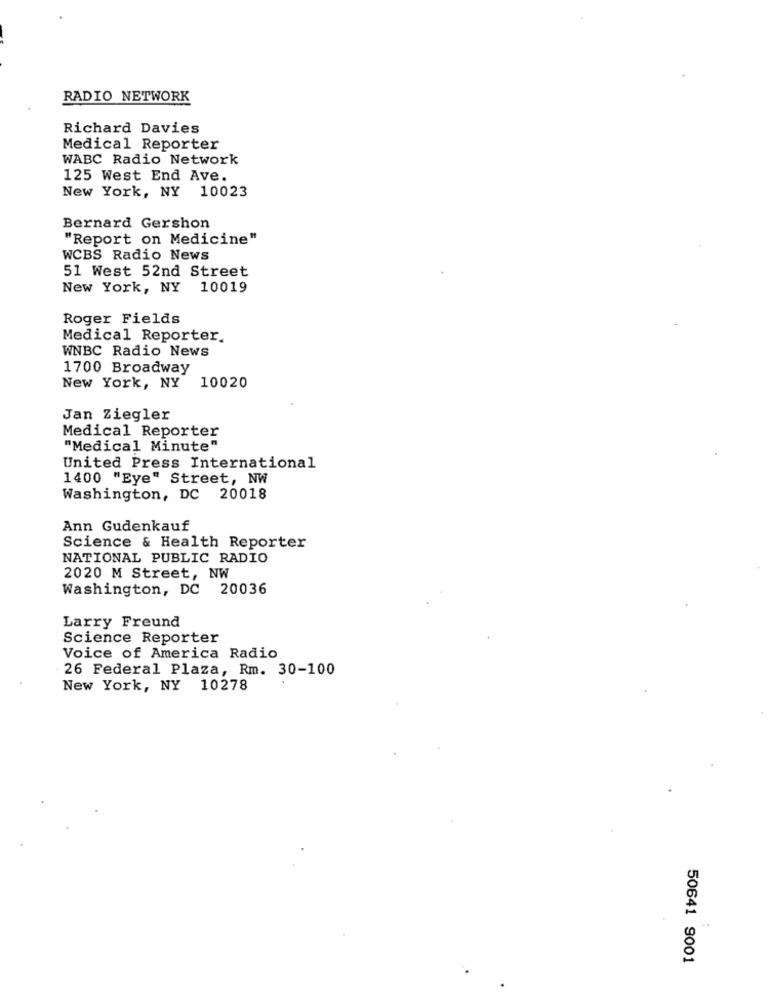
RADIO NETWORK
Richard Davies
Medical Reporter
WABC Radio Network
125 West End Ave.
New York, NY 10023
Bernard Gershon
"Report on Medicine"
WCBS Radio News
51 West 52nd Street
New York, NY 10019
Roger Fields
Medical Reporter.
WNBC Radio News
1700 Broadway
New York, NY
10020
Jan Ziegler
Medical Reporter
"Medical Minute"
United Press International
1400 "Eye" Street, NW
Washington, DC 20018
Ann Gudenkauf
Science & Health Reporter
NATIONAL PUBLIC RADIO
2020 M Street, NW
Washington, DC 20036
Larry Freund
Science Reporter
Voice of America Radio
. 26 Federal Plaza, Rm. 30-100
New York, NY 10278
50641 9001